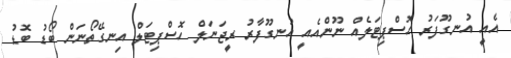
އެއީ އުނގޫފަަރު ހޮސްޕިޓަލެއް ނޫންއެއީ އުނގޫފާރު ރީޖަނަލް ހޮސްޕިޓަލް އިނގޭތޯނަން ބޯޑު ބޮޑު